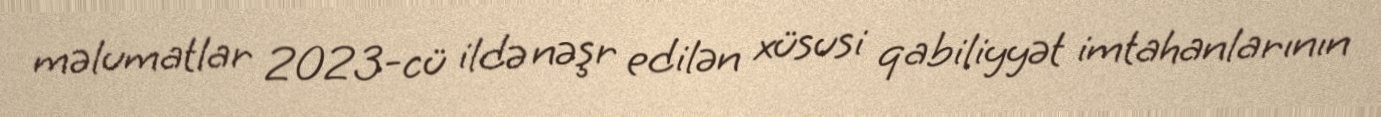
məlumatlar 2023-cü ildə nəşr edilən xüsusi qabiliyyət imtahanlarının